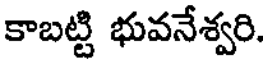
కాబట్టి భువనేశ్వరి.